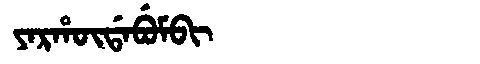
Manchu: ᠶᠠᡵᡥᡡᡩᠠᠪᡠᠮᠪᡳ
Romanization: YARHŪDABUMBI